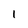
Character: 1